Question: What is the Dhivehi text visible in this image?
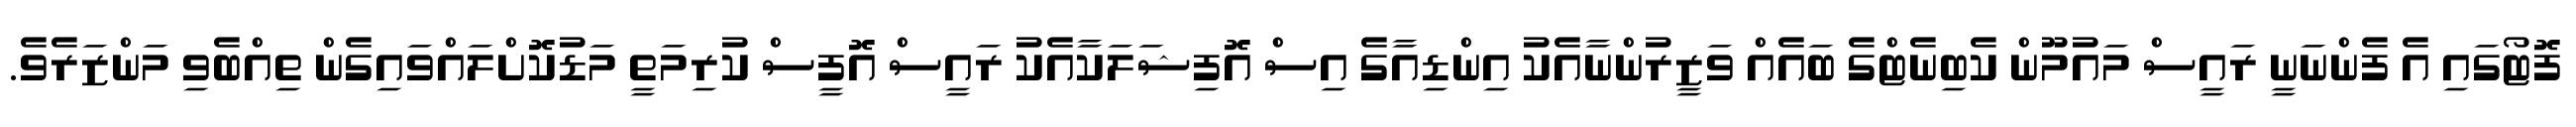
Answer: ފޮޓޯގައި އެ ފެންނަނީ ރައީސް މައުމޫން ކެބިނެޓްގެ ބައެއް ވަޒީރުންނާއެކު އިންޑިއާގެ އިސް އޮފިޝަލަކާއެކު ރައީސް އޮފީސް ކުރިމަތީ މަޑުކޮށްލައްވައިގެން ތިއްބެވި މަންޒަރެވެ.